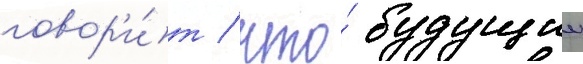
говор'и́т / что́ будущии